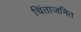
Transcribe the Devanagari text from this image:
चिंताजनित